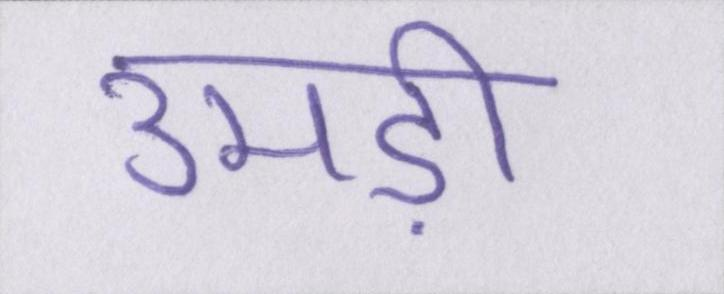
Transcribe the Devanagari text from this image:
उमड़ी